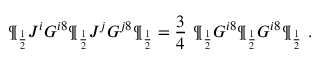
\P _ { \frac { 1 } { 2 } } J ^ { i } G ^ { i 8 } \P _ { \frac { 1 } { 2 } } J ^ { j } G ^ { j 8 } \P _ { \frac { 1 } { 2 } } = { \frac { 3 } { 4 } } \ \P _ { \frac { 1 } { 2 } } G ^ { i 8 } \P _ { \frac { 1 } { 2 } } G ^ { i 8 } \P _ { \frac { 1 } { 2 } } \ .